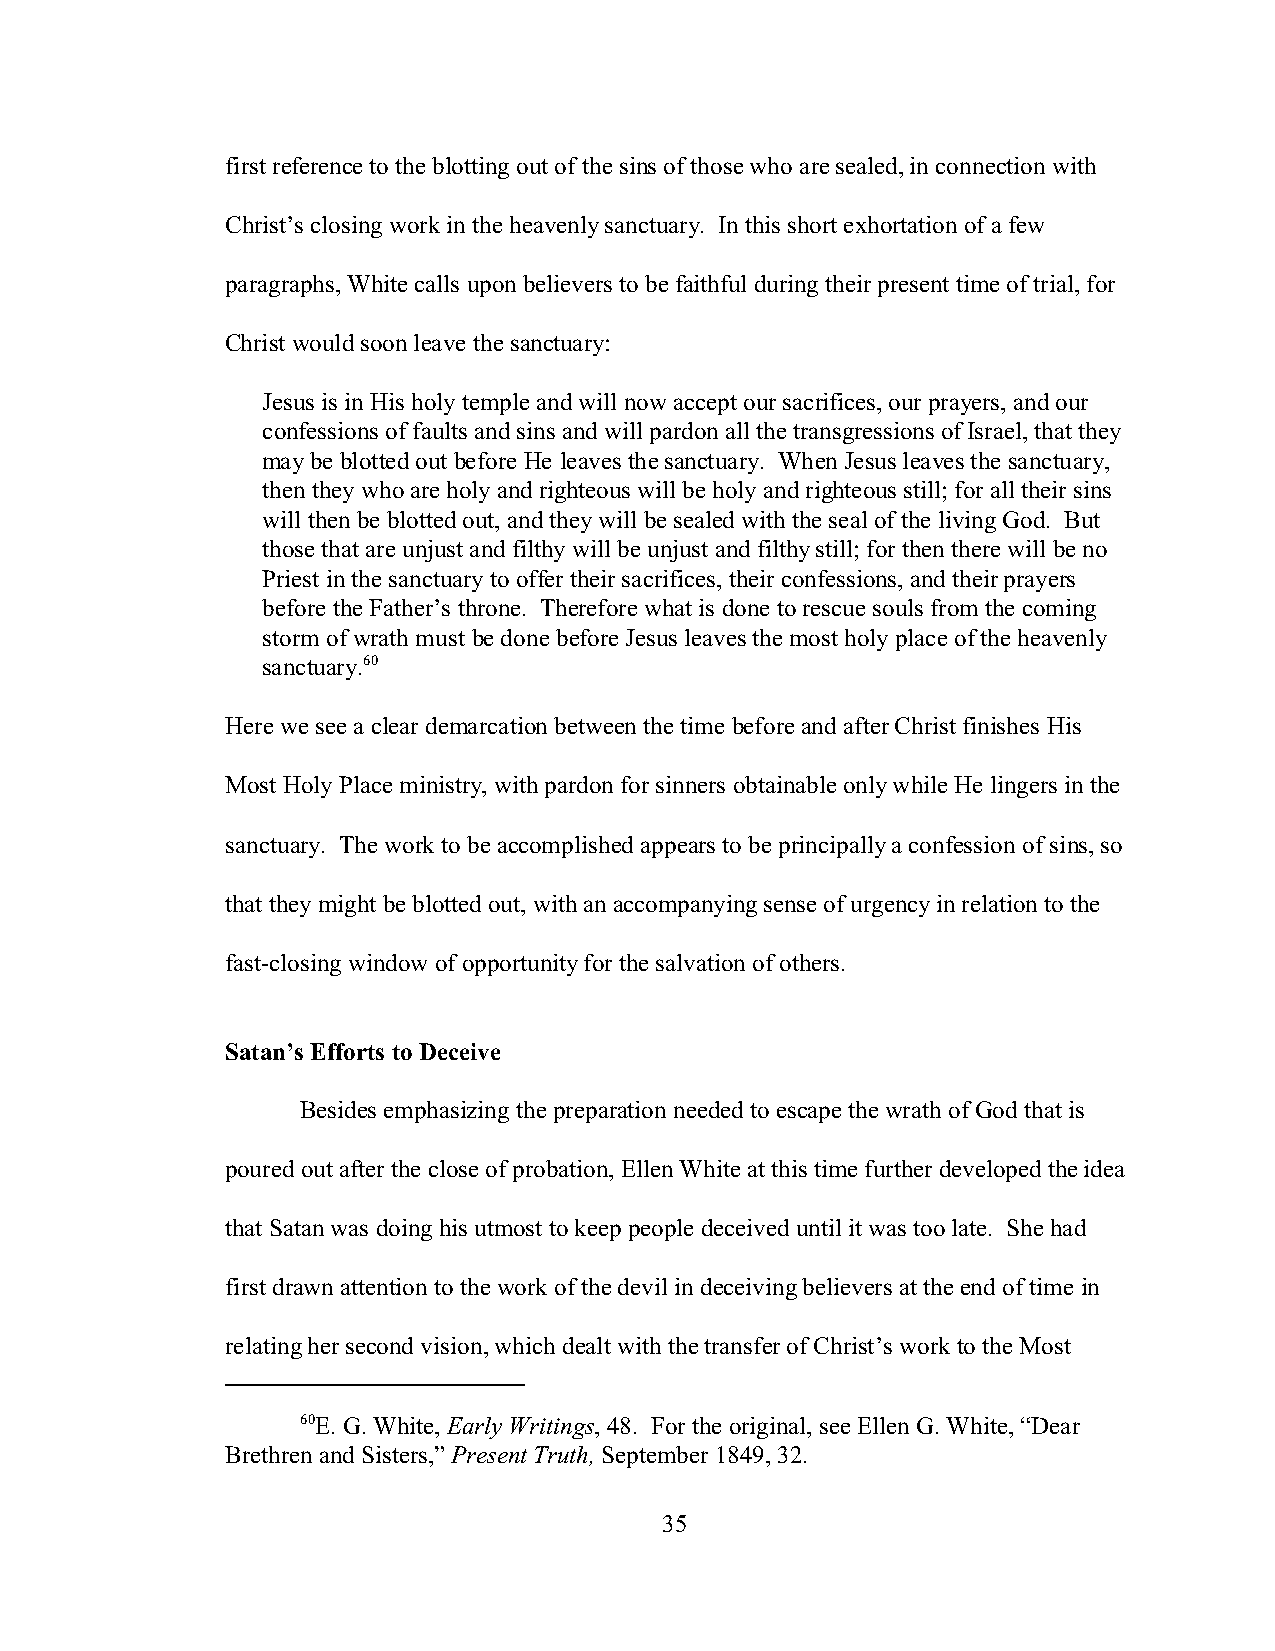
first reference to the blotting out of the sins of those who are sealed, in connection with
 Christ’s closing work in the heavenly sanctuary. In this short exhortation of a few
 paragraphs, White calls upon believers to be faithful during their present time of trial, for
 Christ would soon leave the sanctuary:
 Jesus is in His holy temple and will now accept our sacrifices, our prayers, and our
 confessions of faults and sins and will pardon all the transgressions of Israel, that they
 may be blotted out before He leaves the sanctuary. When Jesus leaves the sanctuary,
 then they who are holy and righteous will be holy and righteous still; for all their sins
 will then be blotted out, and they will be sealed with the seal of the living God. But
 those that are unjust and filthy will be unjust and filthy still; for then there will be no
 Priest in the sanctuary to offer their sacrifices, their confessions, and their prayers
 before the Father’s throne. Therefore what is done to rescue souls from the coming
 storm of wrath must be done before Jesus leaves the most holy place of the heavenly
 sanctuary.60
 Here we see a clear demarcation between the time before and after Christ finishes His
 Most Holy Place ministry, with pardon for sinners obtainable only while He lingers in the
 sanctuary. The work to be accomplished appears to be principally a confession of sins, so
 that they might be blotted out, with an accompanying sense of urgency in relation to the
 fast-closing window of opportunity for the salvation of others.
 Satan’s Efforts to Deceive
 Besides emphasizing the preparation needed to escape the wrath of God that is
 poured out after the close of probation, Ellen White at this time further developed the idea
 that Satan was doing his utmost to keep people deceived until it was too late. She had
 first drawn attention to the work of the devil in deceiving believers at the end of time in
 relating her second vision, which dealt with the transfer of Christ’s work to the Most
 60E. G. White, Early Writings, 48. For the original, see Ellen G. White, “Dear
 Brethren and Sisters,” Present Truth, September 1849, 32.
 35